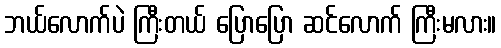
ဘယ်လောက်ပဲ ကြီးတယ် ပြောပြော ဆင်လောက် ကြီးမလား။